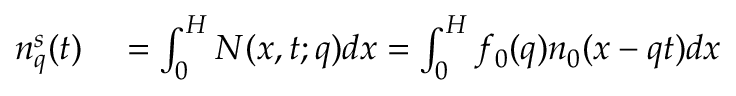
\begin{array} { r l } { n _ { q } ^ { s } ( t ) } & { { } = \int _ { 0 } ^ { H } N ( x , t ; q ) d x = \int _ { 0 } ^ { H } f _ { 0 } ( q ) n _ { 0 } ( x - q t ) d x } \end{array}